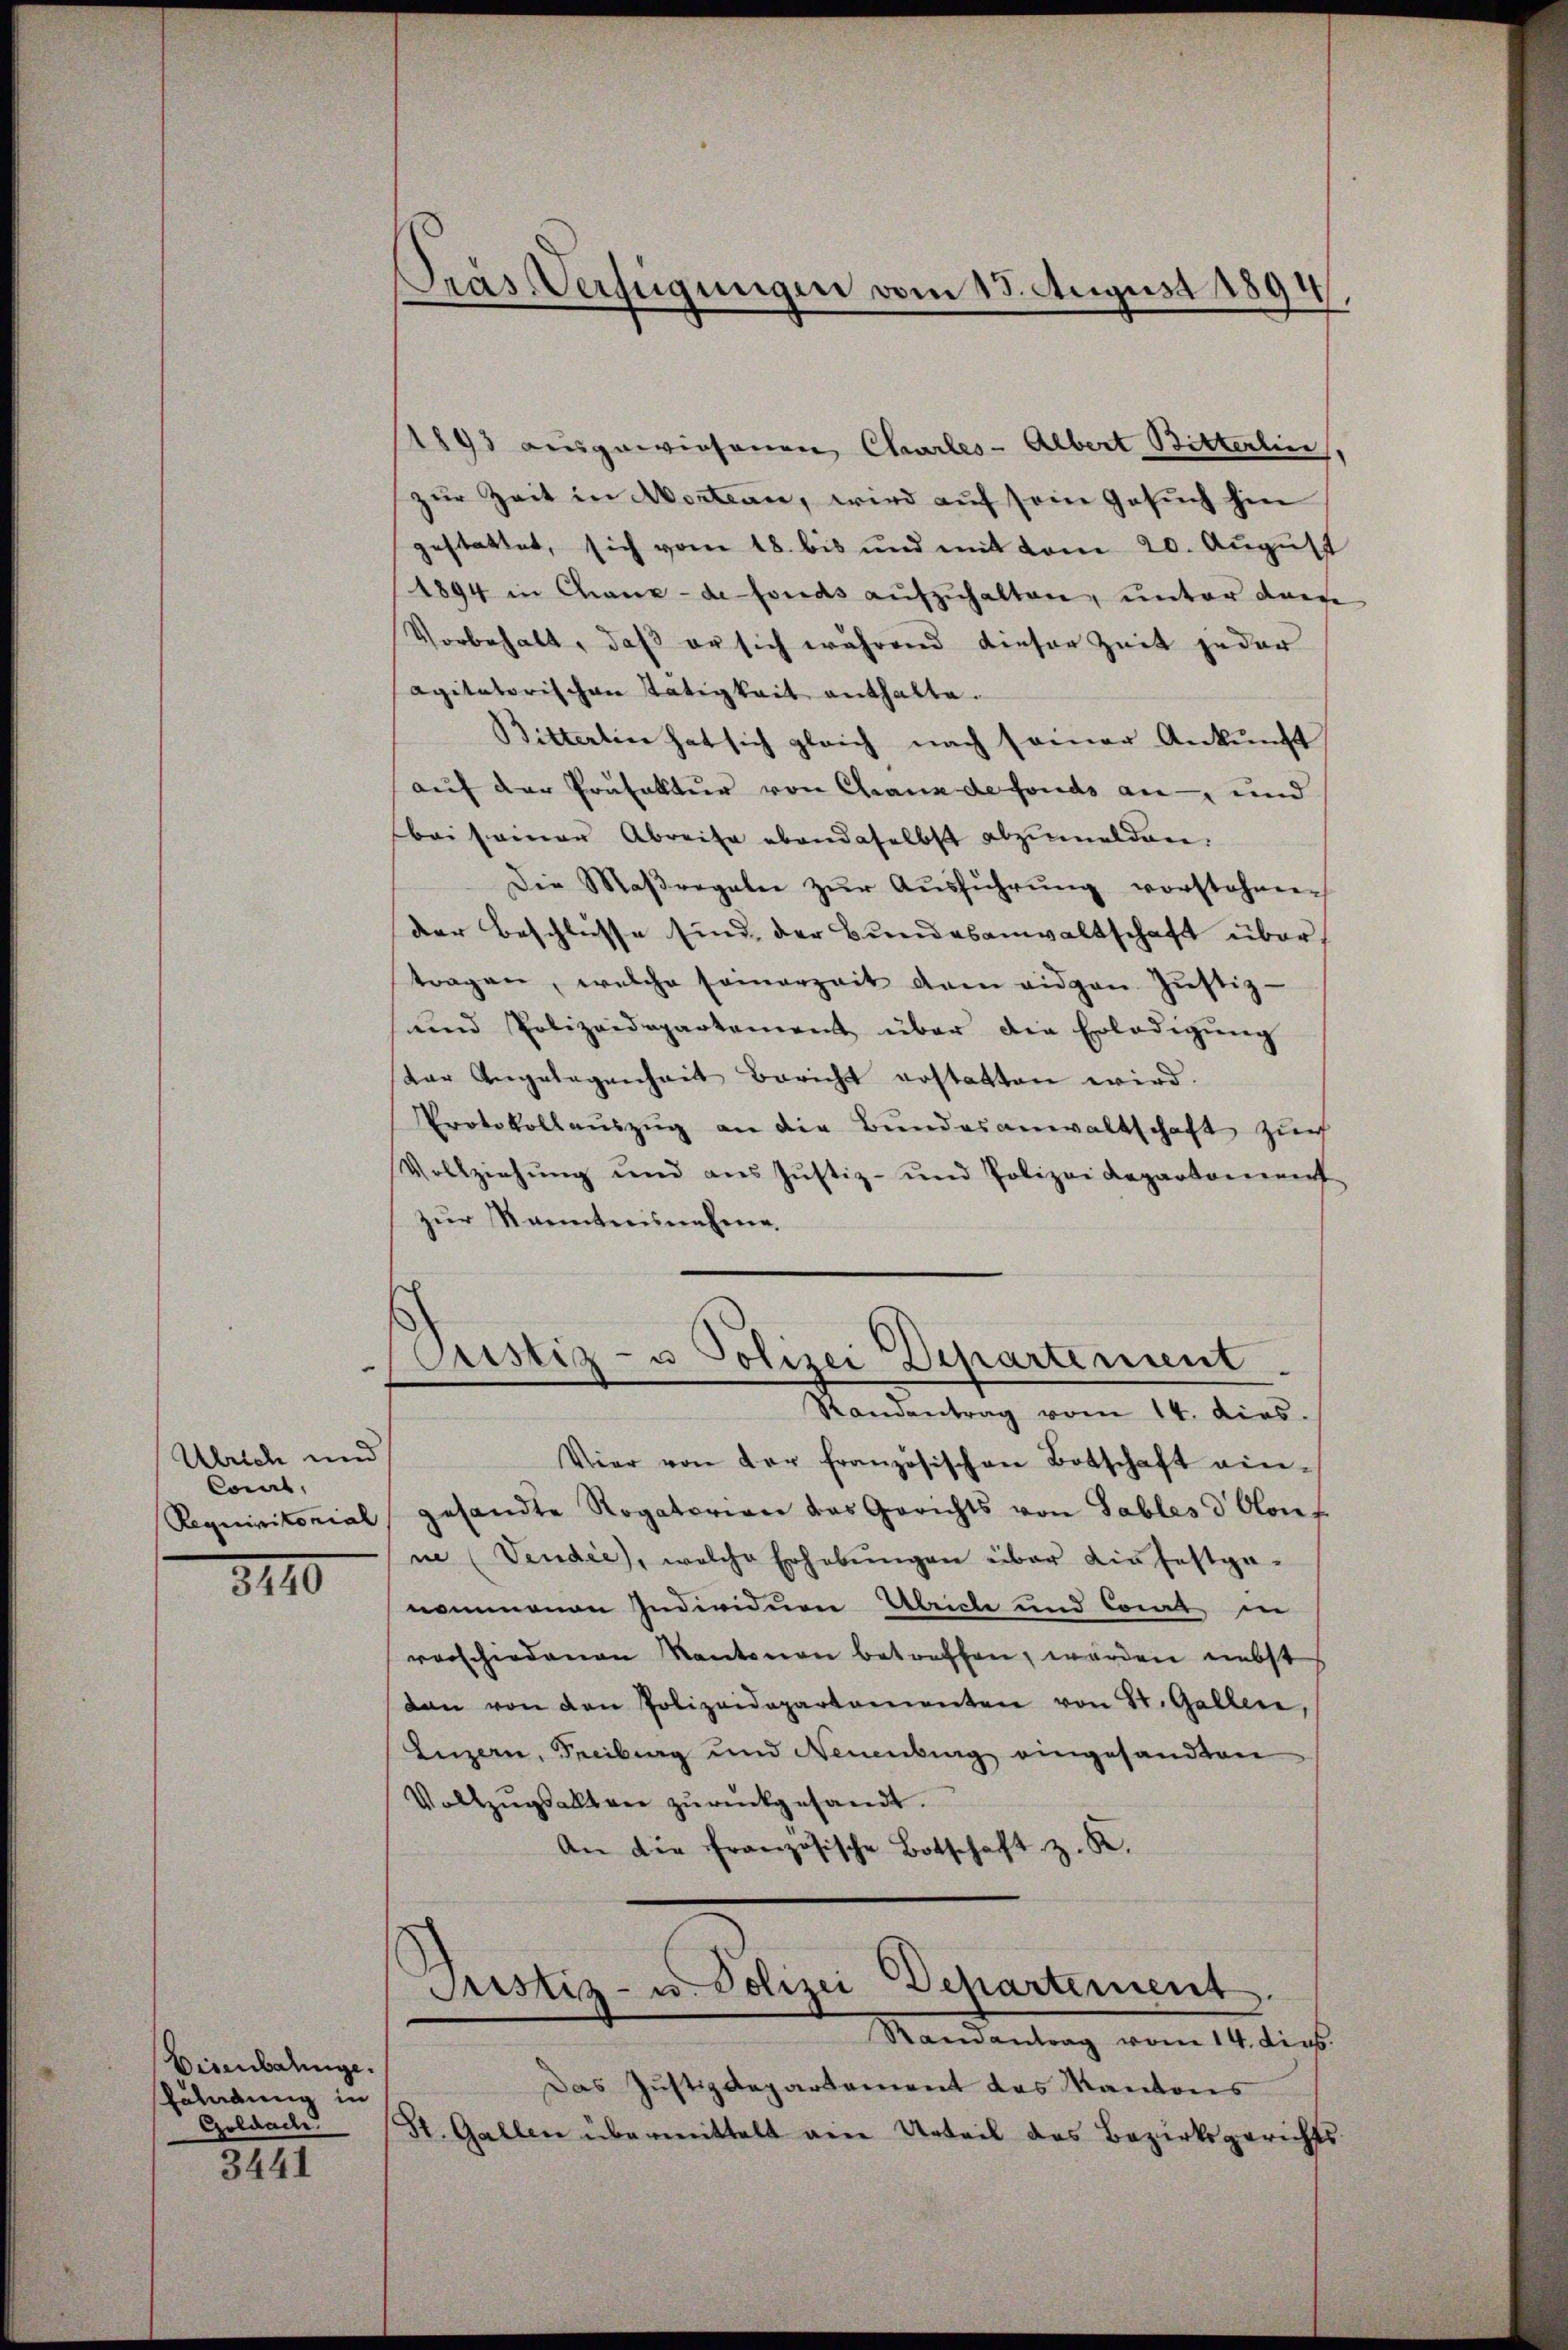
Pras Verfügungen vom 13. August 1894.

1893 ausgewiesenen Charles-Albert Bitterlin,
zur Zeit in Wortean, wird auf sein Gesuch hin
gestattet, sich vom 18. bis und mit vom 20. August
1894 in Chaux-de fonds aufzuhalten, unter derse
Vorbehalt, daß er sich während dieser Zeit jeder
agitatorischen Tätigkeit enthalte.
Bitterlin hat sich gleich nach seiner Ankunft
auf der Präfektur von Crana de fonds an- und
bei seiner Abreise ebendaselbst abzumelden.
Die Maßregeln zŭr Aŭsführŭng vorstehen.
der Beschlüsse sind, der Bundesanwaltschaft über
tragen, welche seinerzeit dem eidgen Jŭstiz-
und Polizeidepartement über die Erledigŭng
dar Angelegenheit Bericht erstatten wird.
Protokollauszug an die Bundesanwaltschaft zur
Vollziehung und aus Justiz- und Polizei Departement
zur Kenntnisnahme

Pustiz- u Polizei Departement.
Randantrag vom 14. dies.

Vier von der französischen Botschaft ein-
Requisitorial gesandte Rogatorien das Gerichts von Sables d. Conf
ne (Vendie, welche Erhebŭngen über die festga-
nommenen Individuen Abriche und Cont in
vorschiedenen Kantonen betreffen, worden nebst
dan von den Polizeidepartementen von St. Gallen,
Luzern, Freiburg und Neuenburg eingesandten
Vollzŭgsalten zŭrückgesandt.
An die Französische Botschaft z. R.

Ulrich und
konnt

8110

Justiz- u. Polizei Departement
Randantrag vom 14. dies

Das Justizdepartement das Kantons
St. Gallen übermittelt ein Urteil des Bezirksgerichts¬

Eisenbahnge.
Eäladung in
Goldade
3441